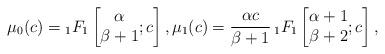
LaTeX: \begin{gather*}\mu_{0}(c) ={}_{1}F_{1}\left[\begin{matrix}\alpha\\\beta+1\end{matrix};c\right] ,\mu_{1}(c) =\frac{\alpha c}{\beta+1}\,{}_{1}F_{1}\left[\begin{matrix}\alpha+1\\\beta+2\end{matrix};c\right] ,\end{gather*}